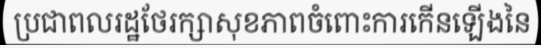
ប្រជាពលរដ្ឋថែរក្សាសុខភាពចំពោះការកើនឡើងនៃ